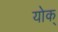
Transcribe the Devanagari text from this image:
योक्